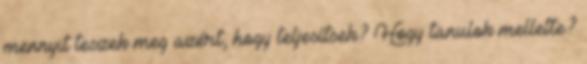
mennyit teszek meg azért, hogy teljesítsek? Hogy tanulok mellette?